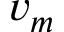
v _ { m }